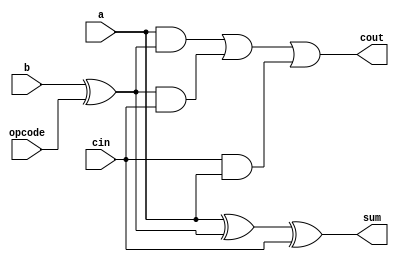
module A4Q2_1_bit_adder_subtractor(
    input a,
    input b,
    input cin,
    input opcode,
    output sum,
    output cout
);

  wire sum,cout;
  assign sum=a^(b^opcode)^cin;
  assign cout=(a&(b^opcode))|((b^opcode)&cin)|(cin&a);

endmodule